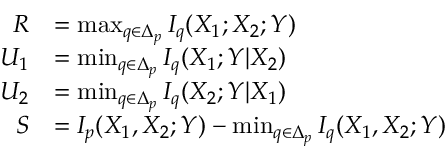
\begin{array} { r l } { R } & { = \operatorname* { m a x } _ { q \in \Delta _ { p } } I _ { q } ( X _ { 1 } ; X _ { 2 } ; Y ) } \\ { U _ { 1 } } & { = \operatorname* { m i n } _ { q \in \Delta _ { p } } I _ { q } ( X _ { 1 } ; Y | X _ { 2 } ) } \\ { U _ { 2 } } & { = \operatorname* { m i n } _ { q \in \Delta _ { p } } I _ { q } ( X _ { 2 } ; Y | X _ { 1 } ) } \\ { S } & { = I _ { p } ( X _ { 1 } , X _ { 2 } ; Y ) - \operatorname* { m i n } _ { q \in \Delta _ { p } } I _ { q } ( X _ { 1 } , X _ { 2 } ; Y ) } \end{array}